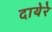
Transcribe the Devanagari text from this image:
दायेरे